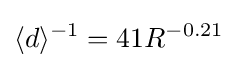
\langle d\rangle ^{-1}=41R^{-0.21}